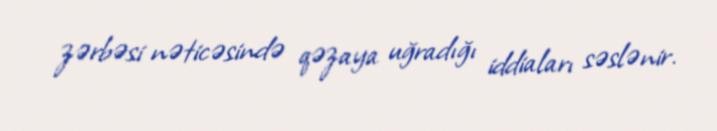
zərbəsi nəticəsində qəzaya uğradığı iddiaları səslənir.